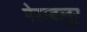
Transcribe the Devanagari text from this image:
पेरम्बलुर्